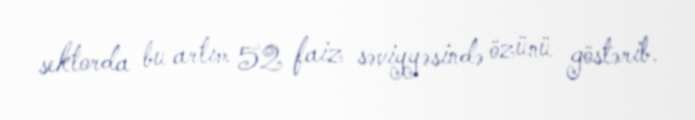
sektorda bu artım 52 faiz səviyyəsində özünü göstərib.